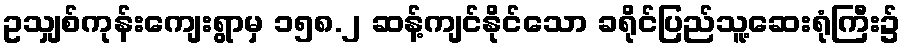
ဥသျှစ်ကုန်းကျေးရွာမှ ၁၅၈.၂ ဆန့်ကျင်နိုင်သော ခရိုင်ပြည်သူ့ဆေးရုံကြီး၌